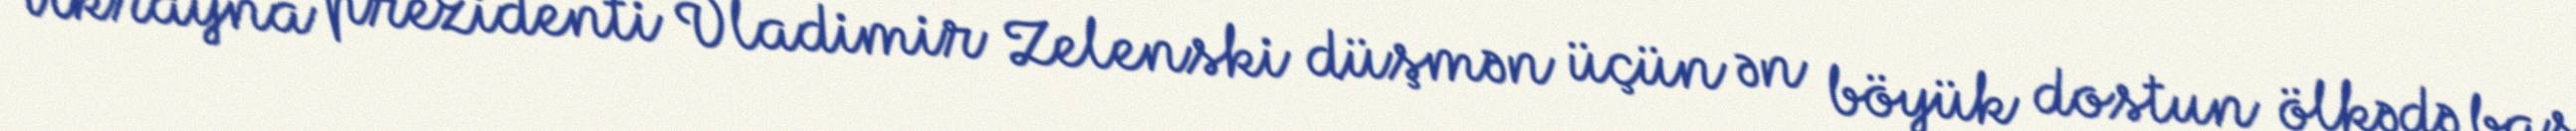
Ukrayna prezidenti Vladimir Zelenski düşmən üçün ən böyük dostun ölkədə baş